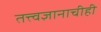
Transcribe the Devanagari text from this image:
तत्त्वज्ञानाचीही